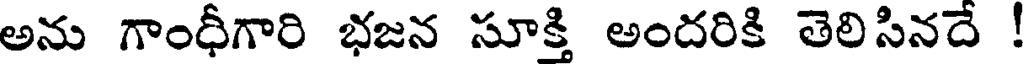
అను గాంధీగారి భజన సూక్తి అందరికి తెలిసినదే !